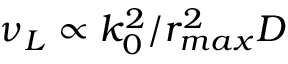
\nu _ { L } \propto k _ { 0 } ^ { 2 } / r _ { m a x } ^ { 2 } D